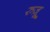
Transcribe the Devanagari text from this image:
रुज़ू